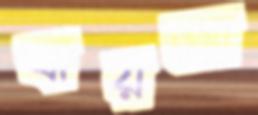
বায়আ